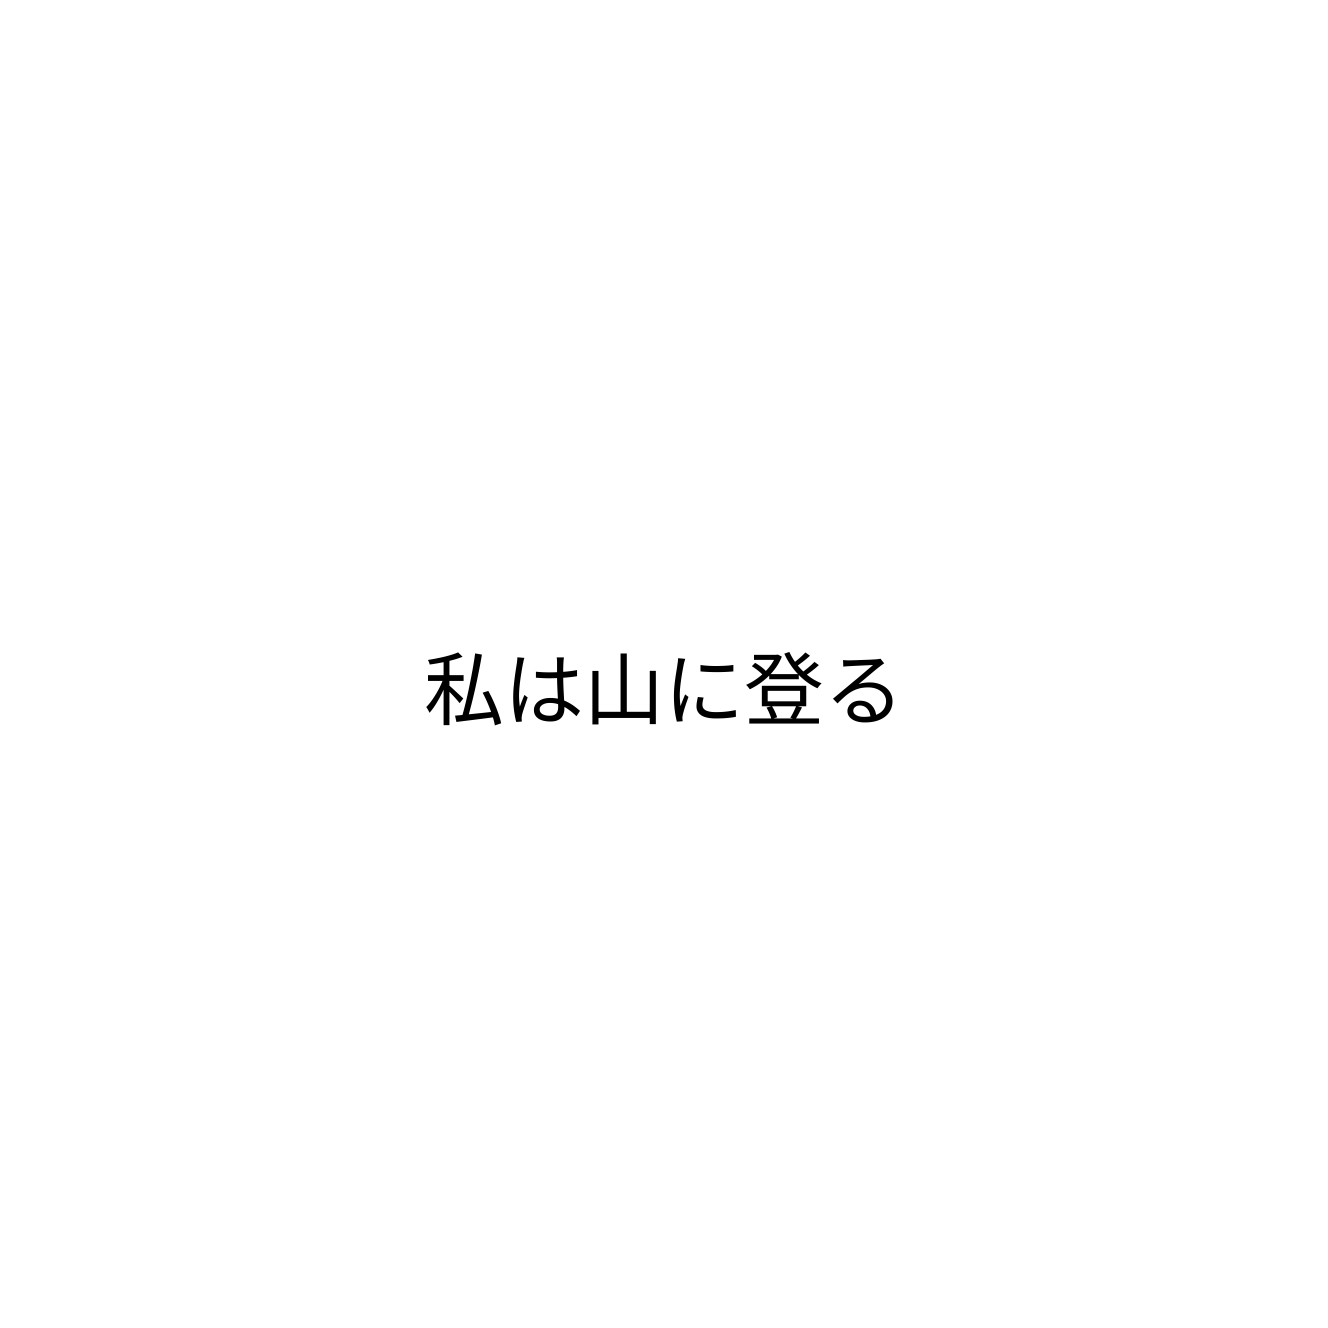
私は山に登る